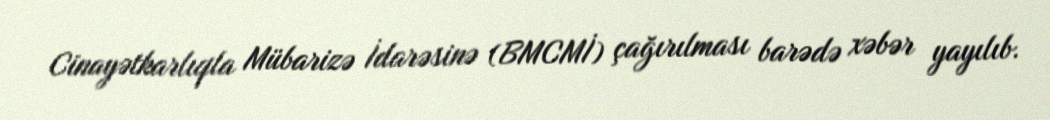
Cinayətkarlıqla Mübarizə İdarəsinə (BMCMİ) çağırılması barədə xəbər yayılıb.